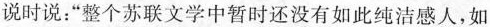
说时说：”整个苏联文学中暂时还没有如此纯洁感人，如